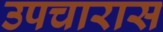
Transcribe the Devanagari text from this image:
उपचारास